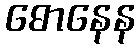
ဓောနေန